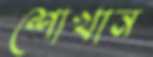
শোখান